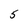
Character: 5